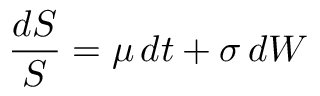
{ \frac { d S } { S } } = \mu \, d t + \sigma \, d W